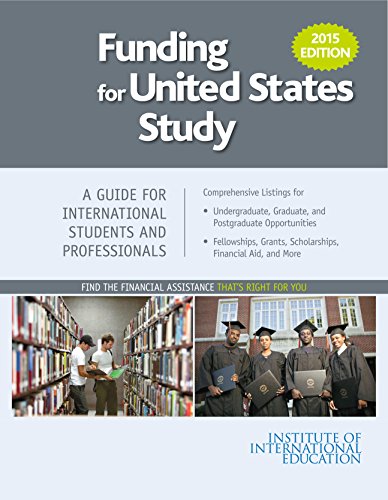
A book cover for Funding for United States Study 2015 (Funding for Us Study); Institute of International Education; Education & Teaching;